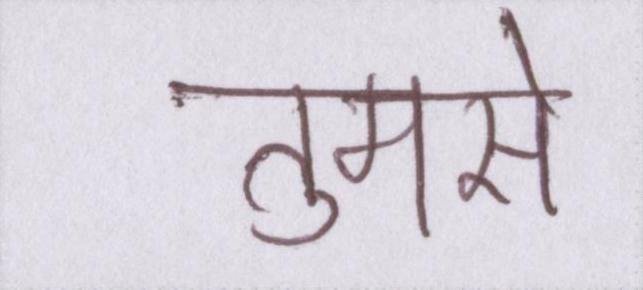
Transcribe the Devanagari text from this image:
तुमसे